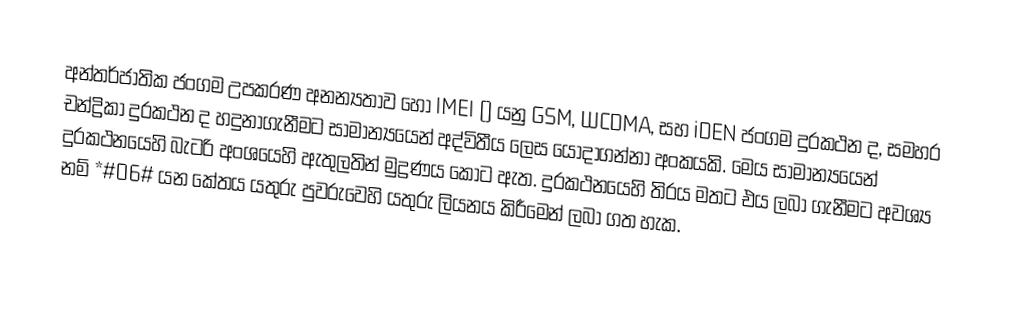
අන්තර්ජාතික ජංගම උපකරණ අනන්‍යතාව හෝ IMEI  () යනු  GSM, WCDMA, සහ iDEN ජංගම දුරකථන ද, සමහර චන්ද්‍රිකා දුරකථන ද හදුනාගැනීමට සාමාන්‍යයෙන් අද්විතීය ලෙස යොදාගන්නා අංකයකි. මෙය සාමාන්‍යයෙන් දුරකථනයෙහි බැටරි අංශයෙහි ඇතුලතින් මුද්‍රණය කොට ඇත. දුරකථනයෙහි තිරය මතට එය ලබා ගැනීමට අවශ්‍ය නම් *#06# යන කේතය යතුරු පුවරුවෙහි යතුරු ලියනය කිරීමෙන් ලබා ගත හැක.